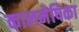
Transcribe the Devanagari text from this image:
कालमेषिका